Bréfritari: Sigríður Guðmundsdóttir
Viðtakandi: Jón Borgfirðings Jónsson
Dagsetning: A-1859-11-10
Skrifað á: Reykjavík  Gull.

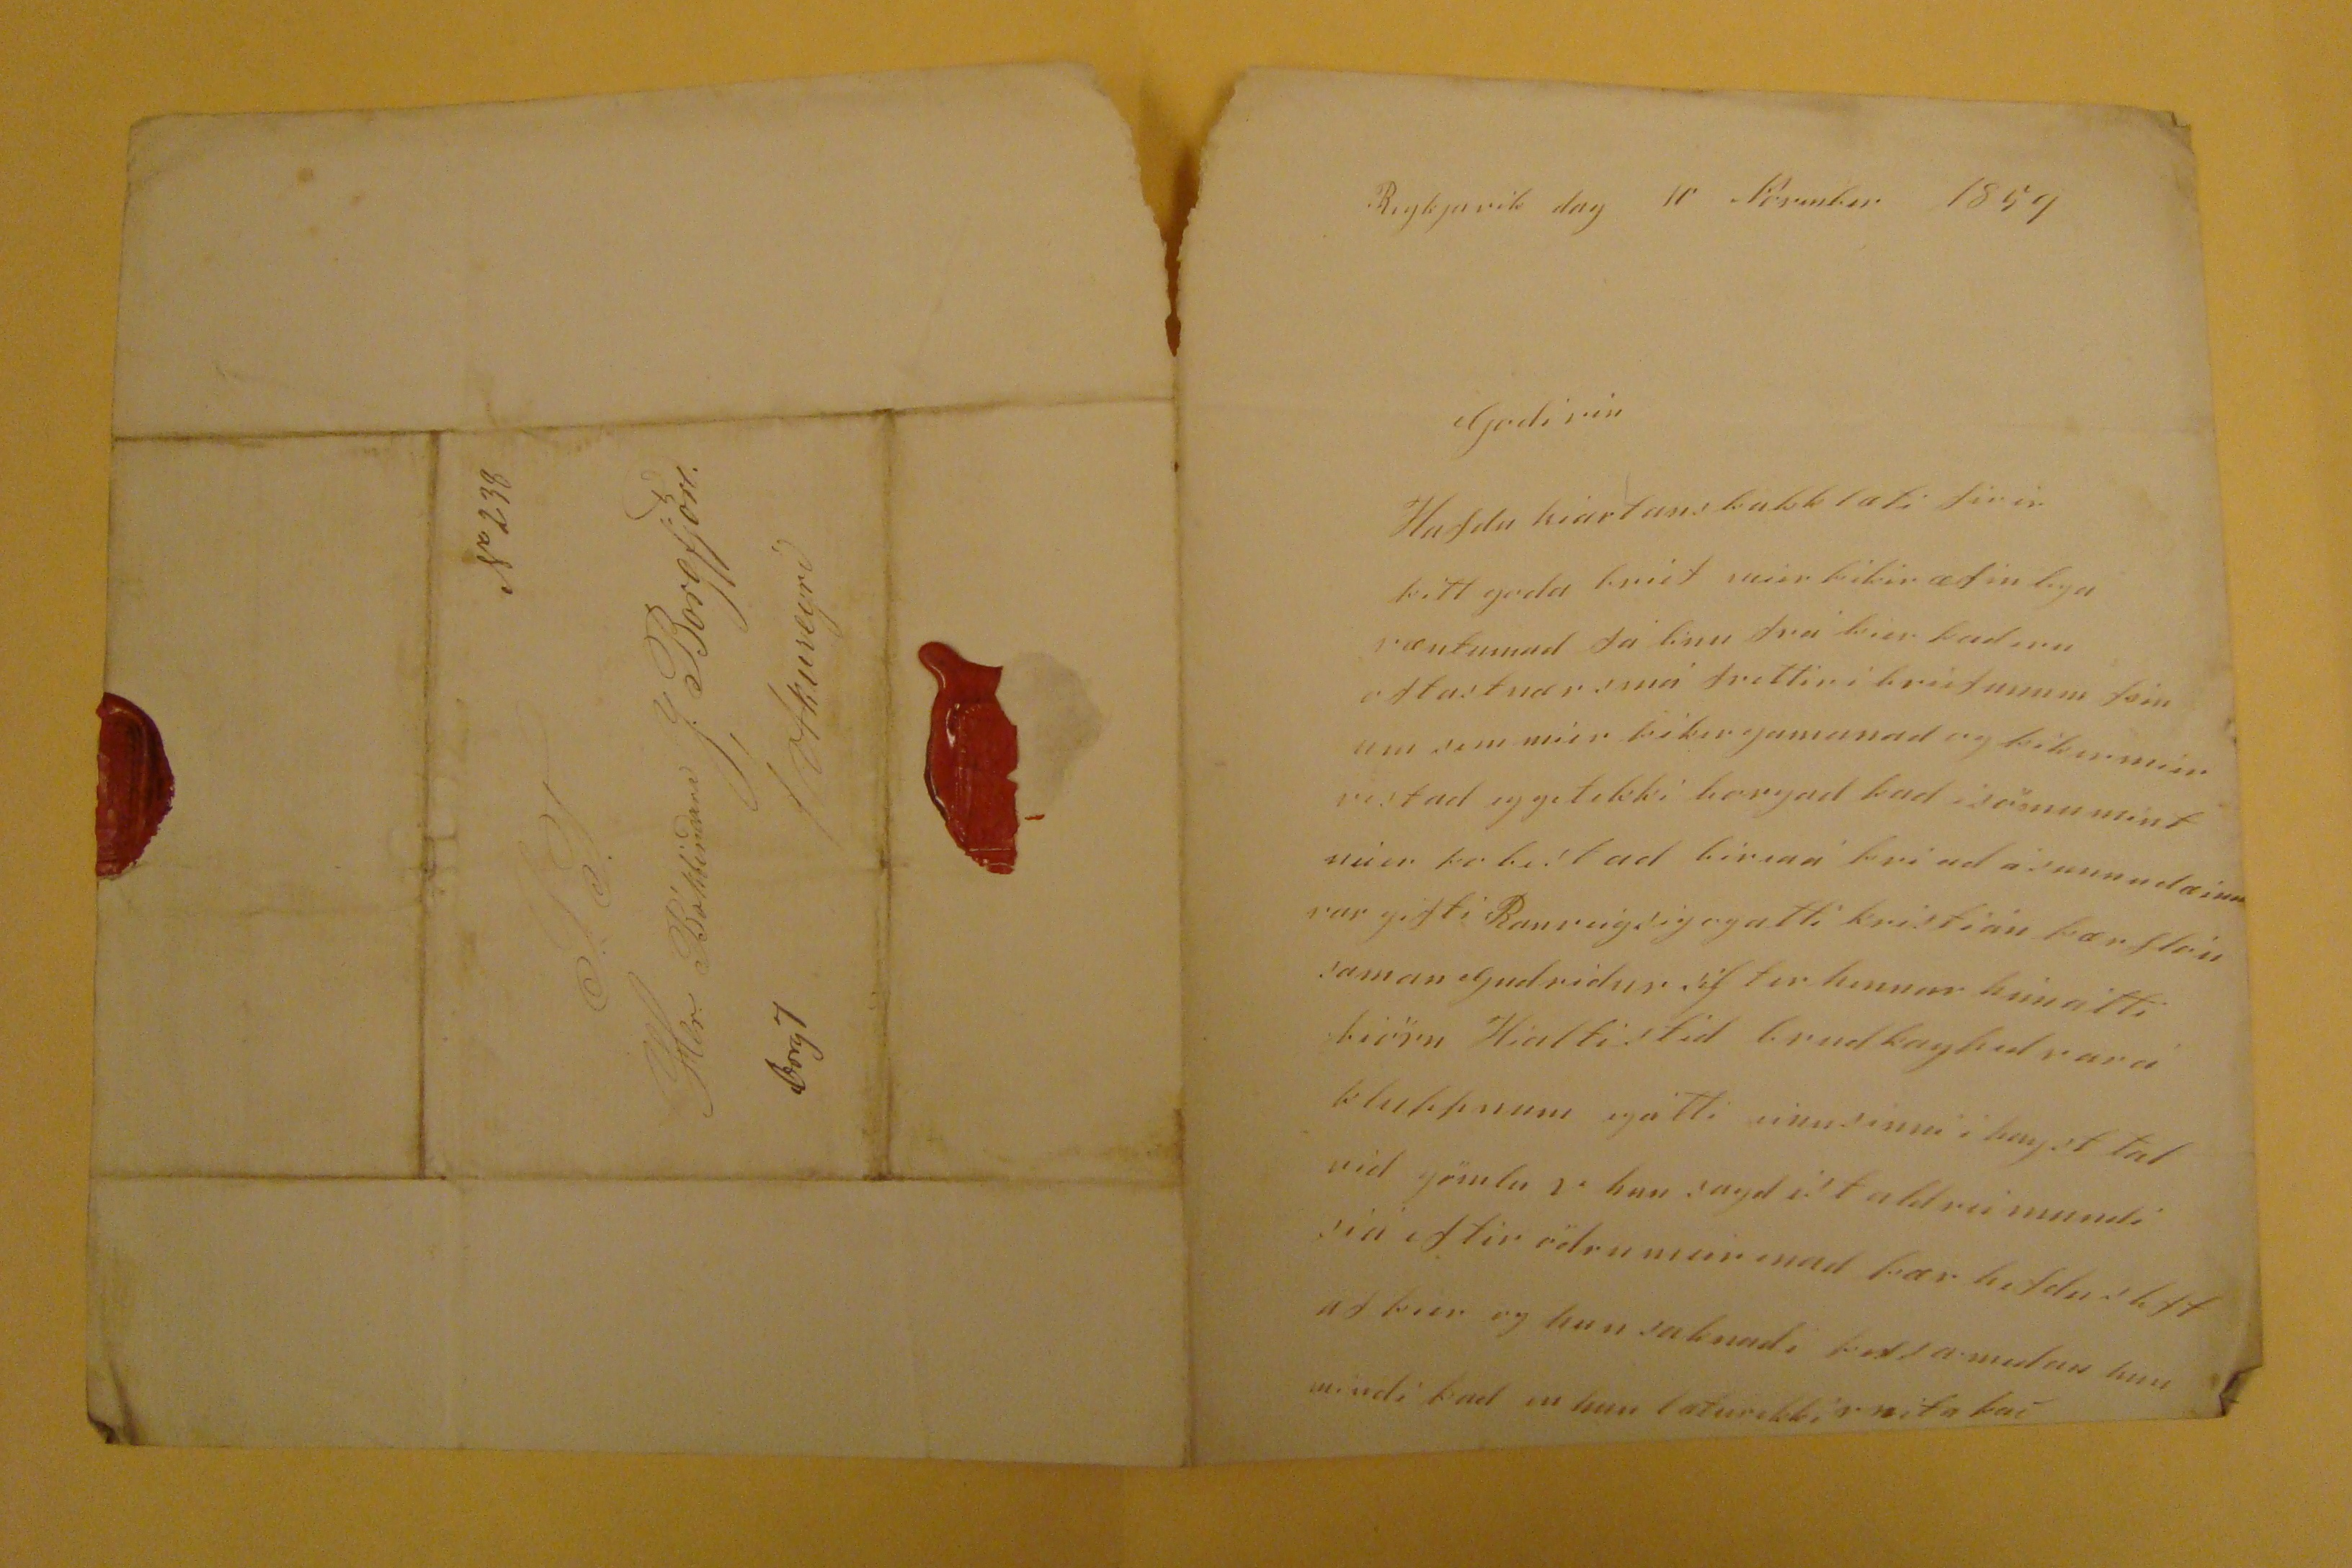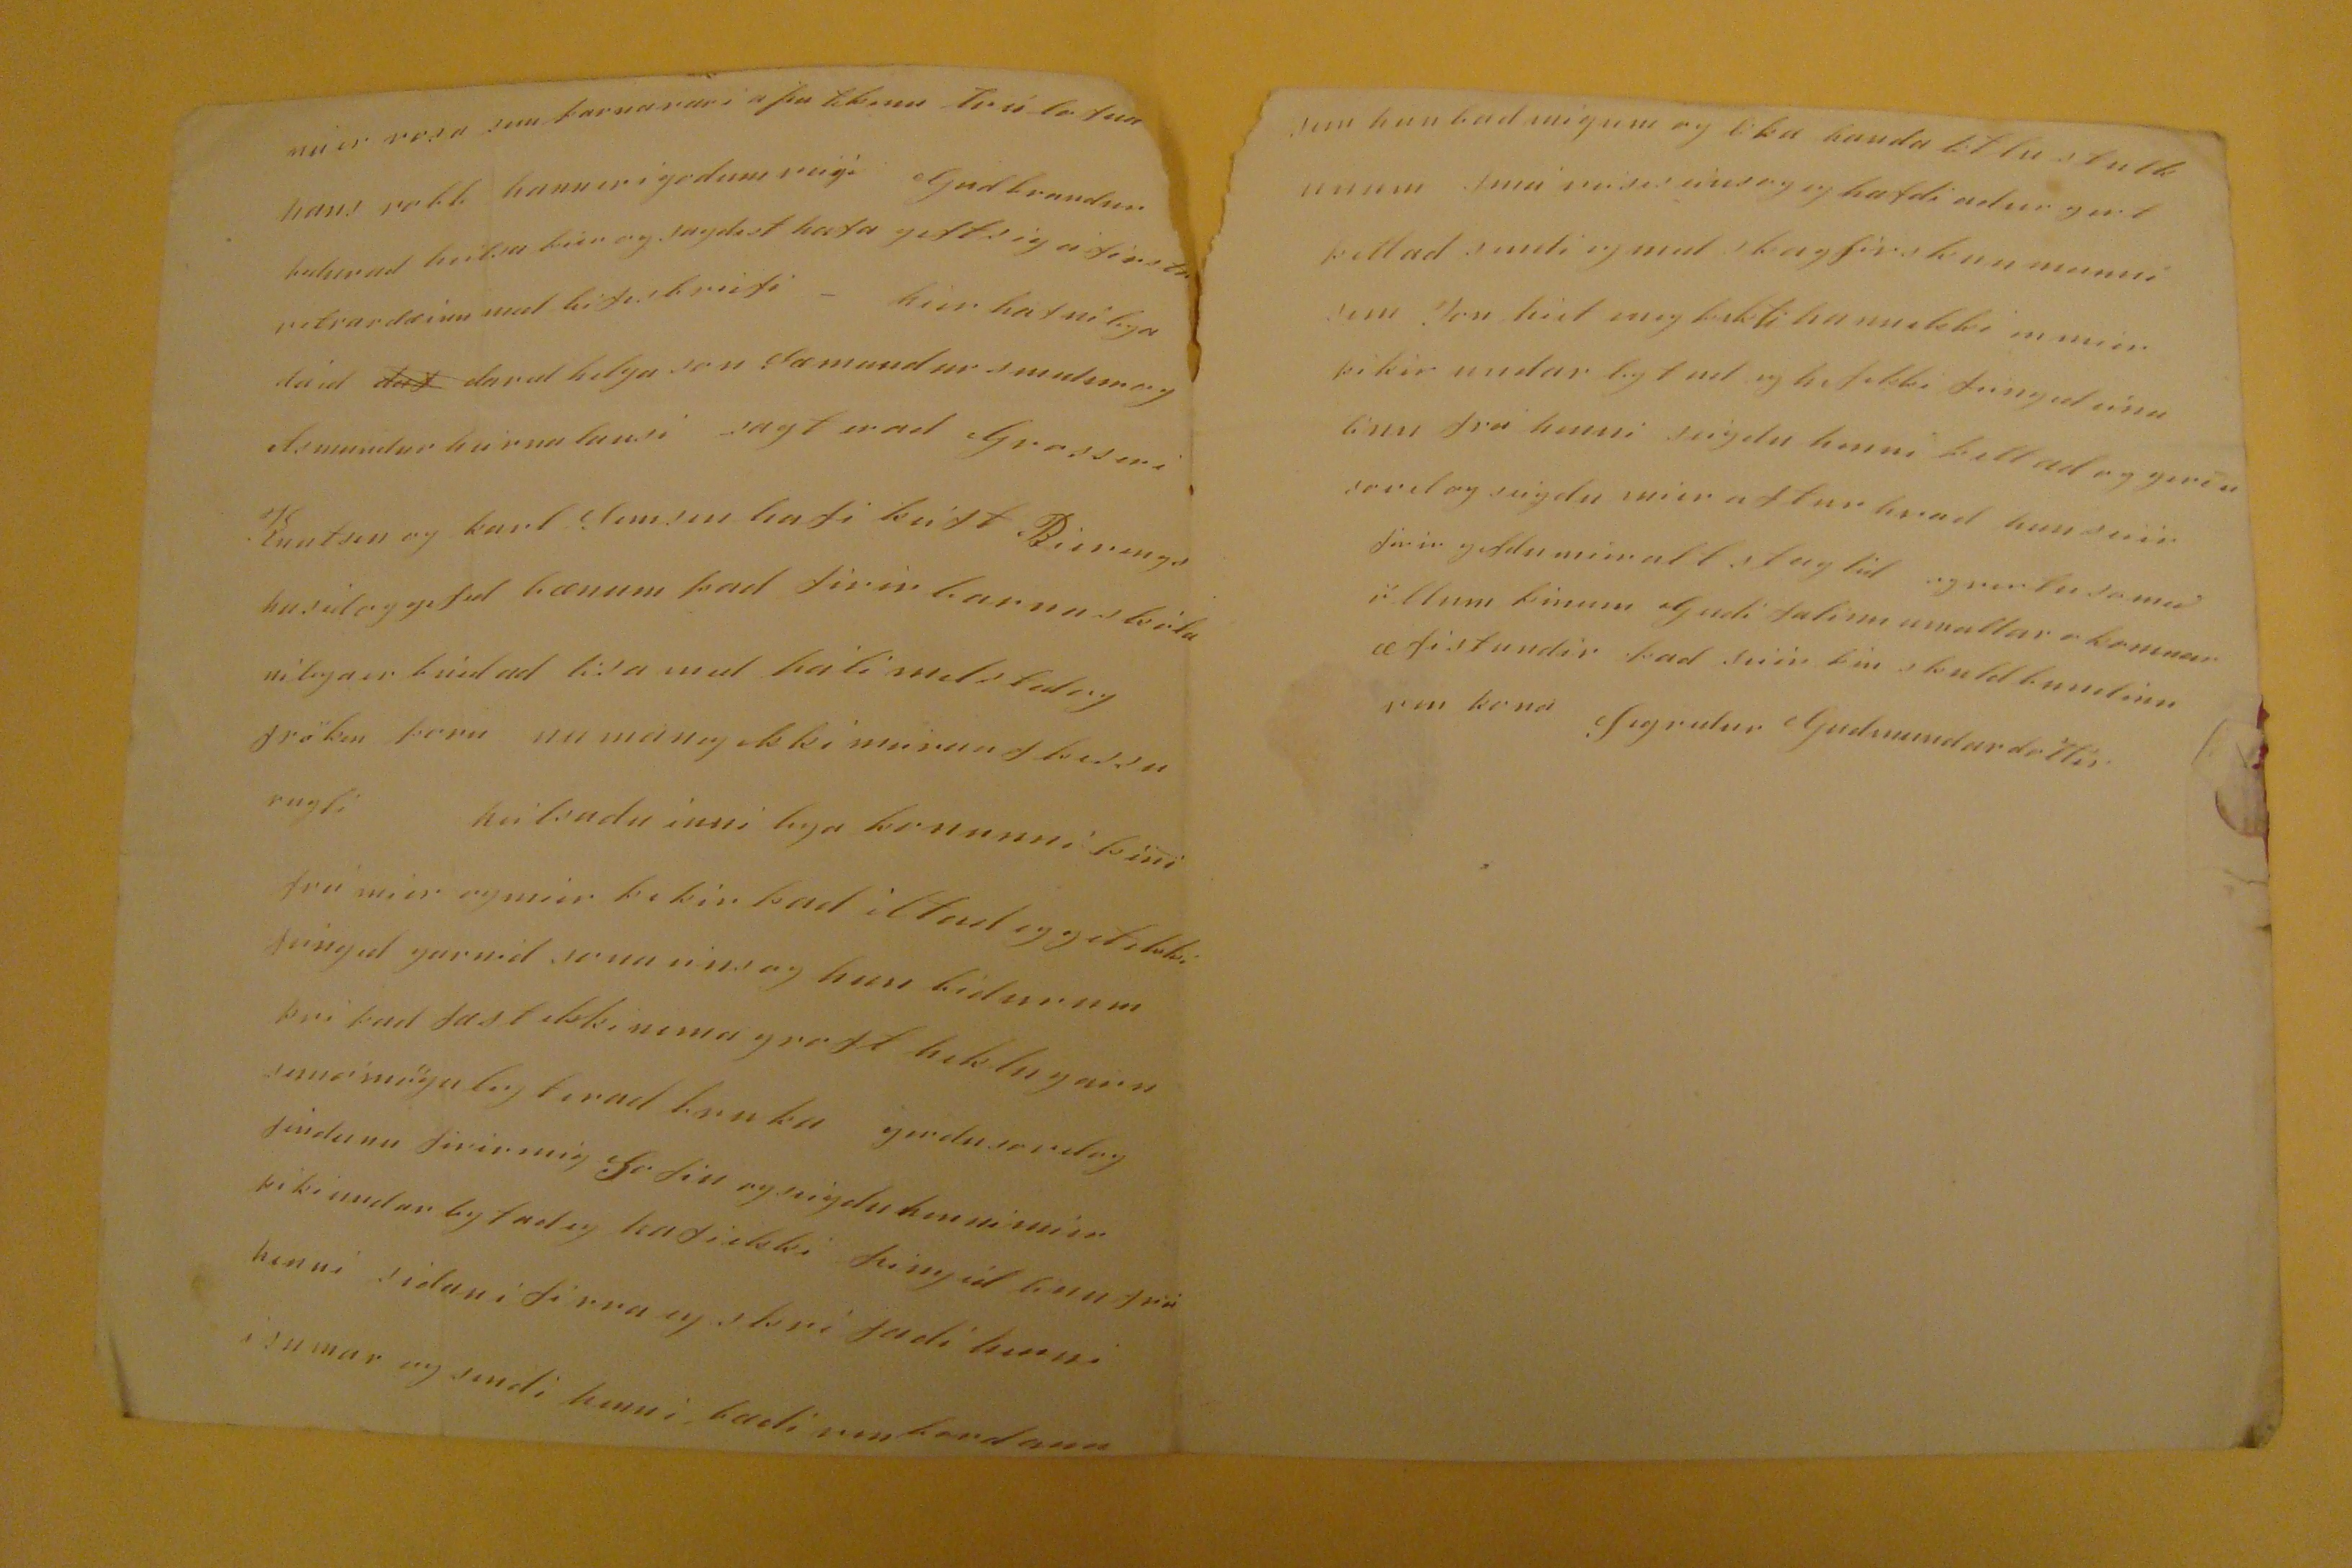

Reykjavik dag 10 Novenber 1859
Godi vin
HAfdu hiartans þakklæti firir þitt goda brief mier þikir æfinlega væntumad fá linu frá þier þaderu oftast nær smá frettir i briefunum þinum sem mier þikir gamanad og þikir mier vest ad eg get ekki borgad þad i sömu mint nú er þo best ad biriaá þvi ad ásunnudæinn var gifti Ranveigsig og atti kristián þær
flóu
saman Gudridur
sistir
hennar
heinátti biörn
Hialtistid brudkaypid vará kluppnum egátti einusinni ihayst tal vid gömlu
V hun
sagdist aldrei mundi siá eftir ödru mier enad þær hefdu skift af þier og hun saknadi þessa medan hun mindi þad en hun lætur ekki v vita það
mier
vosa sem farnarari
a þu
tikinu
trúlofun hans
robb
hann er i godum veigi Gudbrandur
bidur
að heilsa þier og sagdist hafa gift sig a firsta vetrardæinn med
bifisbreifi
- hier
hafurlega
dáid
daf
darid helga son Sæmundur smidur og Asmundur heirnalausi sagt erad Grosseri Kuntsen og karl Semsen hafi keift
Rierings
husid og gefid bænum þad firir barnaskóla nilega er búid ad lesa med páli medsted og fröken þoru nu man eg ekki
meiraaf þessu
rugli heilsadu inni lega konunni þini frá mier og mier þikir þad iltad eg getekki feingid garnid sonn eins og hun bidur sem þvi þad fæst ekki nema groft heklugarn semómögulegterad bruka gerdu so vel og þiki undarlegtad eg hafi ekki feingid linu frá henni sidan i firra eg skrifadi henni i sumar og sendi henni bædi um bordann
sem hun bad mig um og lika handa litlu stulkunum smá
smá veisis einsog
eg hafdi adur gert þettad sendi eg med
skagfirskan manni
sem Jon heitin og þekti hann ekki en mier þikir undar legt ad eg hef ekki feingid eina linu frá henni seigdu henni þettad og gerðu so vel og seigdu mier aftur hvad hun seiir firir gefdu mier alt staglid og vertu someð öllum þinum Gudi falinn um allar okomnar æfistundir þad seiir þin skuldbundinn vin kona Sigridur Gudmundardóttir
S.T.
Her. Bókbinðara J. Borgfjörð.
/ Akureyri